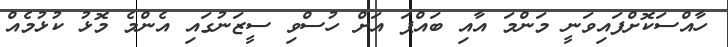
ހާއްސަކޮށްފައިވަނީ މަންމަ އާއި ބައްޕަ އަށް ހުސްވި ސީޒަނުގައި އެންމެ މޮޅު ކުޅުމެއް